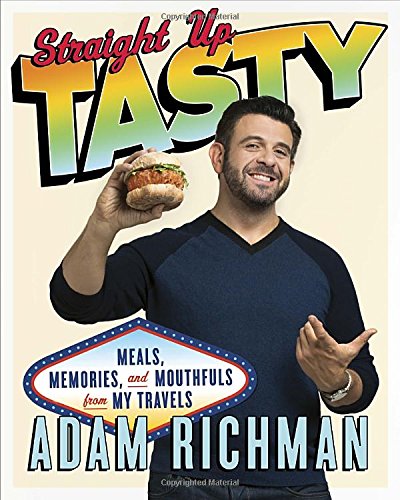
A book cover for Straight Up Tasty: Meals, Memories, and Mouthfuls from My Travels; Adam Richman; Travel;